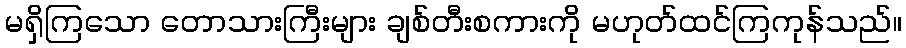
မရှိကြသော တောသားကြီးများ ချစ်တီးစကားကို မဟုတ်ထင်ကြကုန်သည်။